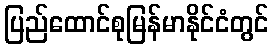
ပြည်ထောင်စုမြန်မာနိုင်ငံတွင်